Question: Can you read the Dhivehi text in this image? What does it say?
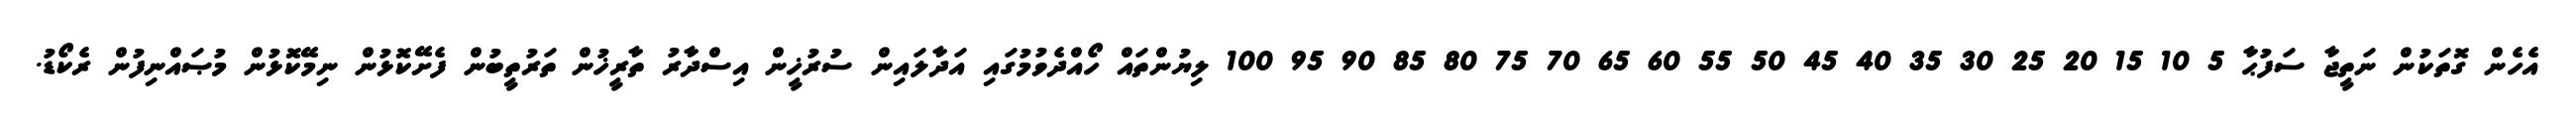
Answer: އެހެން ގޮތަކުން ނަތީޖާ ސަފުޙާ 5 10 15 20 25 30 35 40 45 50 55 60 65 70 75 80 85 90 95 100 ލިޔުންތައް ހޯއްދެވުމުގައި އަދާލައިން ސުރުޚީން އިސްދާރު ތާރީޚުން ތަރުތީބުން ފެށޭކޮޅުން ނިމޭކޮޅުން މުޞައްނިފުން ރެކޯޑު.